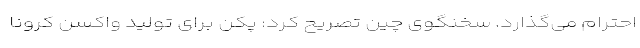
احترام می‌گذارد. سخنگوی چین تصریح کرد: پکن برای تولید واکسن کرونا